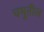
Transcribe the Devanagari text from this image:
चमूतील